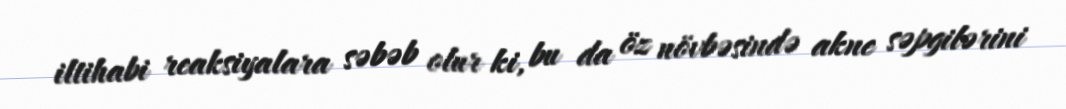
iltihabi reaksiyalara səbəb olur ki, bu da öz növbəsində akne səpgilərini